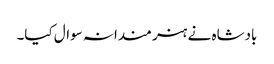
بادشاہ نے ہنر مندانہ سوال کیا۔